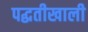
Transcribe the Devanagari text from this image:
पद्धतीखाली